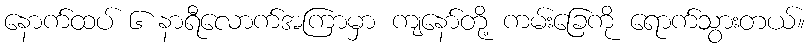
နောက်ထပ် ၆ နာရီလောက်အကြာမှာ ကျနော်တို့ ကမ်းခြေကို ရောက်သွားတယ်။